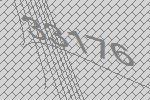
33176